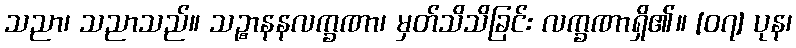
သညာ၊ သညာသည်။ သဉ္စာနနလက္ခဏာ၊ မှတ်သိသိခြင်း လက္ခဏာရှိ၏။ [၀၇] ပုန၊